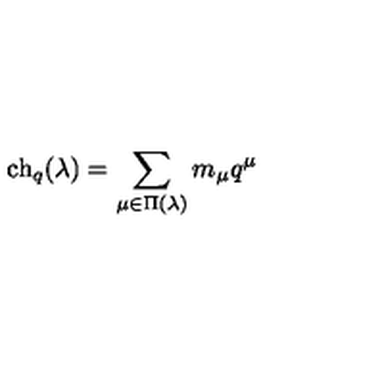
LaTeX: \mathrm { c h } _ { q } ( \lambda ) = \sum _ { \mu \in \Pi ( \lambda ) } m _ { \mu } q ^ { \mu }